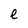
Character: e